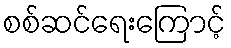
စစ်ဆင်ရေးကြောင့်